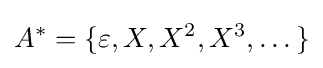
A^{*}=\{\varepsilon ,X,X^{2},X^{3},\dots \}